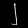
Digit: ၂